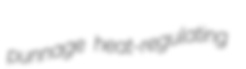
punnage heat-regulating